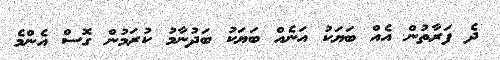
ދެ ފަރާތުން އެއް ބަަޔަކު އަނެއް ބަޔަކު ބަދުނާމު ކުރަމުން ގޮސް އެންމެ